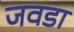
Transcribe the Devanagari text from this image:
जवडा